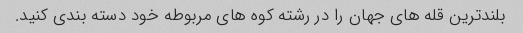
بلندترین قله های جهان را در رشته کوه های مربوطه خود دسته بندی کنید.